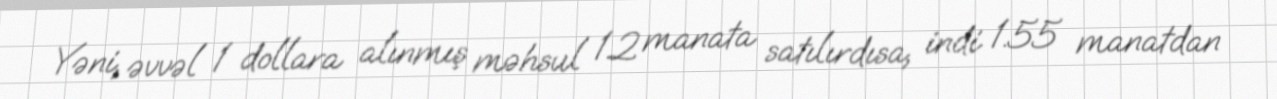
Yəni, əvvəl 1 dollara alınmış məhsul 1.2 manata satılırdısa, indi 1.55 manatdan